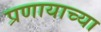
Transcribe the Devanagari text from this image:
प्रणायाच्या